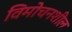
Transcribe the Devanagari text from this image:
विमोचनशील